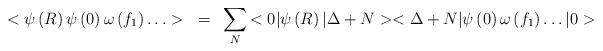
LaTeX: \begin{align*}<\psi\left( R \right)\psi\left( 0 \right)\omega\left( f_{1} \right)\ldots>~=~\sum_{N}{<0|\psi\left( R \right)|\Delta+N><\Delta +N|\psi\left( 0\right)\omega\left( f_{1} \right)\ldots |0>}\end{align*}